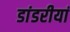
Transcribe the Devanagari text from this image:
डांडरीयां